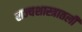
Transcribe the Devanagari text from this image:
राज्यशास्त्रातली